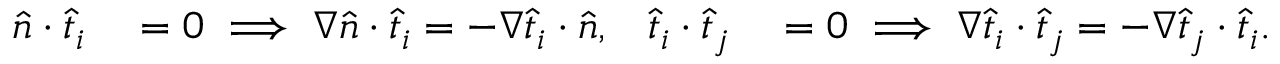
\begin{array} { r l r l } { \widehat { n } \cdot \widehat { t } _ { i } } & { { } = 0 \implies \nabla \widehat { n } \cdot \widehat { t } _ { i } = - \nabla \widehat { t } _ { i } \cdot \widehat { n } , } & { \widehat { t } _ { i } \cdot \widehat { t } _ { j } } & { { } = 0 \implies \nabla \widehat { t } _ { i } \cdot \widehat { t } _ { j } = - \nabla \widehat { t } _ { j } \cdot \widehat { t } _ { i } . } \end{array}